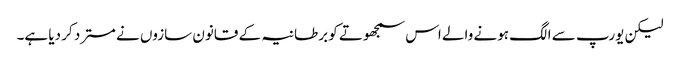
لیکن یورپ سے الگ ہونے والے اس سمجھوتے کو برطانیہ کے قانون سازوں نے مسترد کر دیا ہے۔